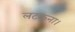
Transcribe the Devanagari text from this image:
लटकना।